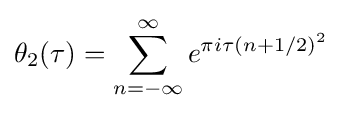
\theta _{2}(\tau )=\sum _{n=-\infty }^{\infty }e^{\pi i\tau (n+1/2)^{2}}